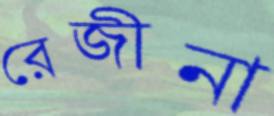
রেজীনা